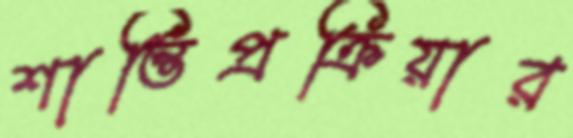
শান্তিপ্রক্রিয়ার